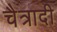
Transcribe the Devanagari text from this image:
चैत्रादी